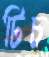
টিচ